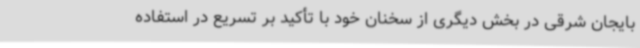
بایجان شرقی در بخش دیگری از سخنان خود با تأکید بر تسریع در استفاده